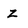
Character: z